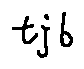
t j b